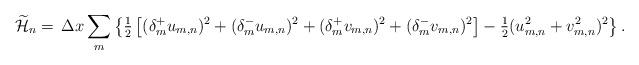
LaTeX: \begin{align*}\widetilde{\mathcal{H}}_n=\,\Delta x\sum_m \left\{\tfrac{1}2\left[(\delta_m^+u_{m,n})^2+(\delta_m^-u_{m,n})^2+(\delta_m^+v_{m,n})^2+(\delta_m^-v_{m,n})^2\right]-\tfrac{1}2(u_{m,n}^2+v_{m,n}^2)^2\right\}.\end{align*}